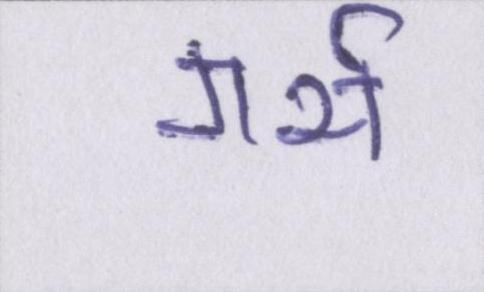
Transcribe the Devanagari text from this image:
गर्भ